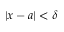
| x - a | < \delta